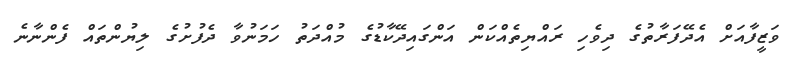
ވަޒީފާއަށް އެދޭފަރާތުގެ ދިވެހި ރައްޔިތެއްކަން އަންގައިދޭކާޑުގެ މުއްދަތު ހަމަނުވާ ދެފުށުގެ ލިޔުންތައް ފެންނާނެ